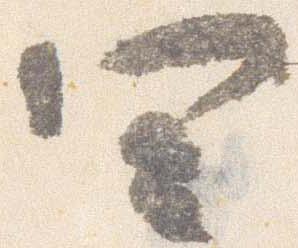
四